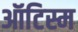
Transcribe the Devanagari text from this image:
ऑटिस्म